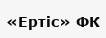
«Ертіс» ФК